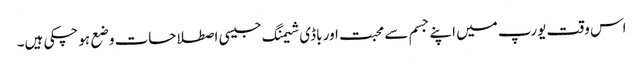
اس وقت یورپ میں اپنے جسم سے محبت اور باڈی شیمنگ جیسی اصطلاحات وضع ہوچکی ہیں۔